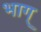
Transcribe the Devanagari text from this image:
भाग्